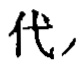
代,